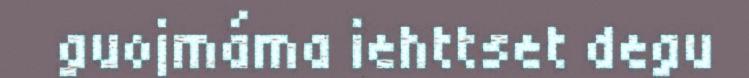
guojmáma iehttset degu